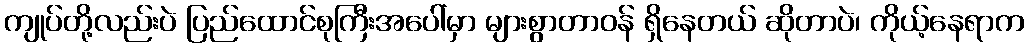
ကျုပ်တို့လည်းပဲ ပြည်ထောင်စုကြီးအပေါ်မှာ များစွာတာဝန် ရှိနေတယ် ဆိုတာပဲ၊ ကိုယ့်နေရာက